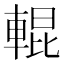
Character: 輥